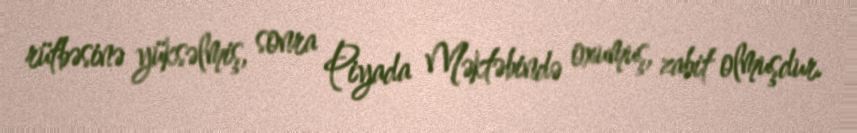
rütbəsinə yüksəlmiş, sonra Piyada Məktəbində oxumuş, zabit olmuşdur.